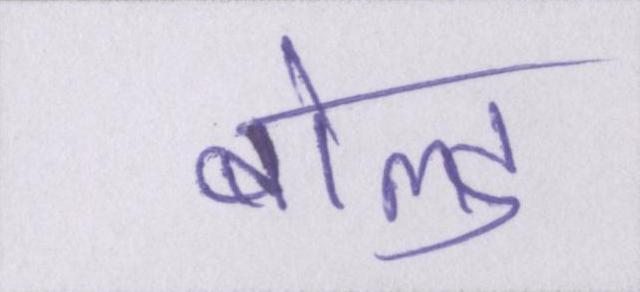
बोल्ड